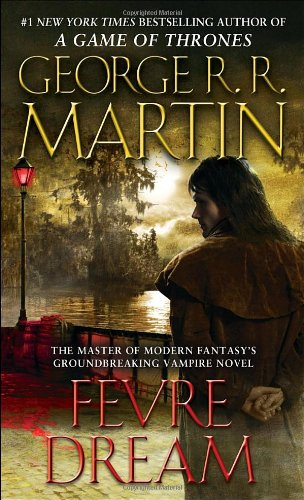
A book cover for Fevre Dream; George R. R. Martin; Literature & Fiction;